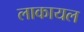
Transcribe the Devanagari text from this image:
लाकायल